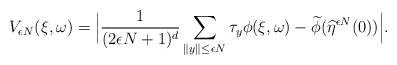
\begin{align*}V_{\epsilon N} (\xi,\omega) = \Big| \dfrac{1}{(2\epsilon N+1)^d} \sum\limits_{\|y\| \leq \epsilon N}\tau_y \phi(\xi,\omega) - \widetilde \phi(\widehat \eta^{\epsilon N}(0)) \Big|.\end{align*}